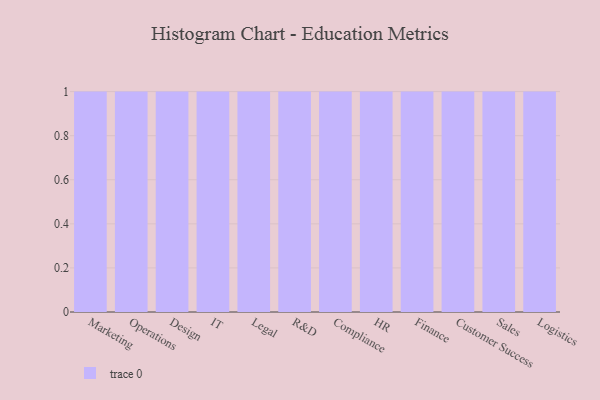
{"axis": {"x": "Department", "y": "Page Views"}, "legend": [""], "data": [{"x": "Marketing", "y": 6, "type": ""}, {"x": "Operations", "y": 62, "type": ""}, {"x": "Design", "y": 63, "type": ""}, {"x": "IT", "y": 22, "type": ""}, {"x": "Legal", "y": 51, "type": ""}, {"x": "R&D", "y": 71, "type": ""}, {"x": "Compliance", "y": 100, "type": ""}, {"x": "HR", "y": 40, "type": ""}, {"x": "Finance", "y": 57, "type": ""}, {"x": "Customer Success", "y": 50, "type": ""}, {"x": "Sales", "y": 16, "type": ""}, {"x": "Logistics", "y": 2, "type": ""}]}